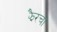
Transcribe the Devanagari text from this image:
झैरचा